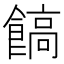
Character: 𩝝